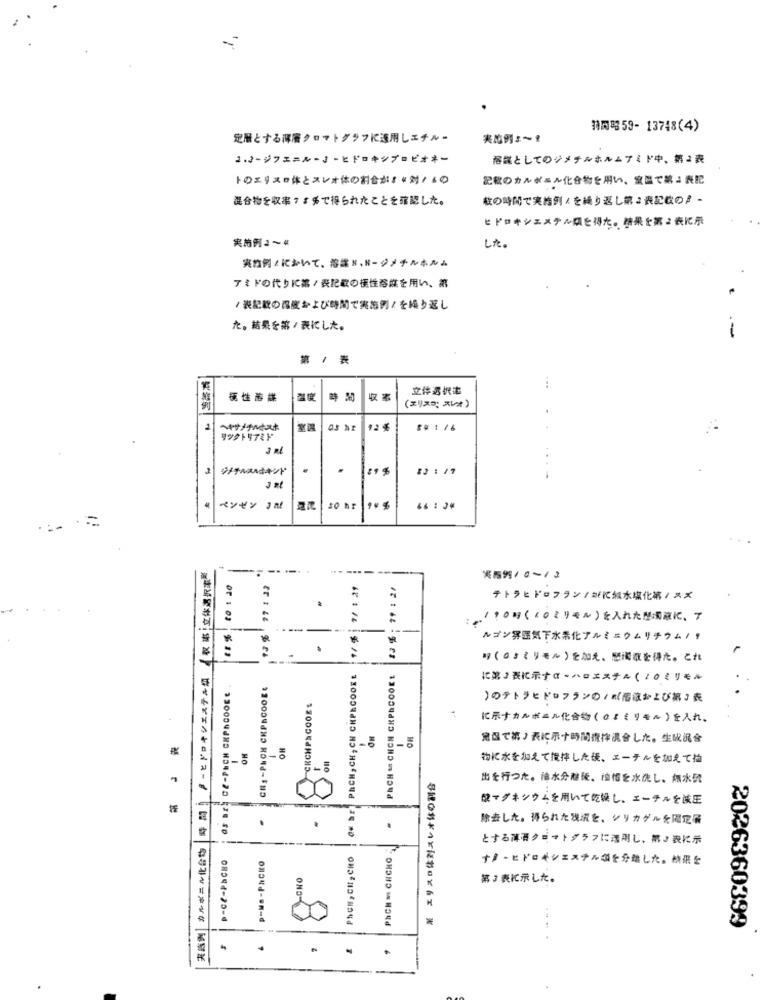
特開店59- 13748(4)
定層とする深層クロマトグラフに適用しエチル-
実態例 :~?
2.3ージフェニルーコーヒドロキシプロピオキー
溶媒としてのジメチルホルムアミド中、第2表
トのエリスの体とスレオ体の割合がき申対、いつ
記載のカルボニル化合物を用い、室温である表記
混合物を収率7:チで得られたことを確認した。
載の時間で実施例にを繰り返し第2表記載のア ー
ヒドロキシエステル関を得た。糖果を第2表に示
実施例2~4
した。
実物例ィにおいて、溶媒 N.Hージメチルホルム
.
アミドの代りに薬/表記載の梗性溶業を用い、蒸
/表記載の福蔵および時間で実施例/を繰り返し
一
た。結果を館/表にした。
第 / 表
立体選択書
桃性游業
温度
(エリスマ スレ^)
2
ヘイヤサメダルトスト
os hr
$#: 16
2
ジメチルスルキキンド
-
$2 : /7
ベンゼン コミ
so hr
9.4
46 : 34
【权 率:立体遇於掌點
99 1 23
1/ 1 11
$3 6 : 79 1 2/
実特例/0~13
.
-
テトラヒドロフラン/※に純水塩化粧/ スズ
。
/10日(〈〇ミリモル)を入れた型編液に、ア
13 %
11%
.
ルゴン雰囲気下水活化アルミニウムリチウム !!
サ(ロコミリモル)を加え、歴濁液を得た。これ
時間」 アーヒドロキシエステル類
OF SE PhCH, CH, CH CHPRCOOKE
PRCH - CHCH CRPNCOOKE
03 B25 CE-PECH CHPACOOEE .
CH, - PICH CHPSCOOEE
に第3表に示すα-ハロエステム(20ミリモル
CRCHPSCOOES
.4
〉のテトラヒドロフランの/式溶液および館』表
に示すカルボニル化合物(のままりモル)を入れ。
OM
OH
常温で第♪表に示す時間療拌混合した。生成泥會
ON
- 명
物に水を加えて攪拌した様、エーテルを加えてね
※ エリスロ体対スレオ体の割合
出を行つた。油水分離後、ゆばを水洗し、無水餃
酸マグネシウムを用いて乾燥し、エーチルを減圧
除去した。得られた税減を、シリカゲルを限定品
.
実施例 カルボニル化合物
とする薄帯クミットグラフに適用し、第♪表に示
P-Ce-PhCHO
PACH, CH, CHO
PhCH = CHCHO
p-Me -PhCHO
ナノーヒドロキシェステル領を分離した。結果を
CHO
第3 表に示した。
2026360399
.